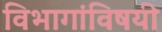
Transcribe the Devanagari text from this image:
विभागांविषयी